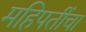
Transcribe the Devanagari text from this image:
महिपतींचा